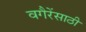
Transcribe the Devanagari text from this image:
वगैरेंसाठी